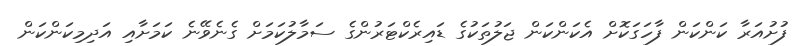
ފުށުއަރާ ކަންކަން ފާހަގަކޮށް އެކަންކަން ޖަލުތަކުގެ ޑައިރެކްޓަރުންގެ ސަމާލުކަމަށް ގެނެވޭނެ ކަމަށާއި އަދިމިކަންކަން